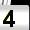
Digit: 4